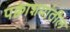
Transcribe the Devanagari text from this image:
पक्वाशयांतील